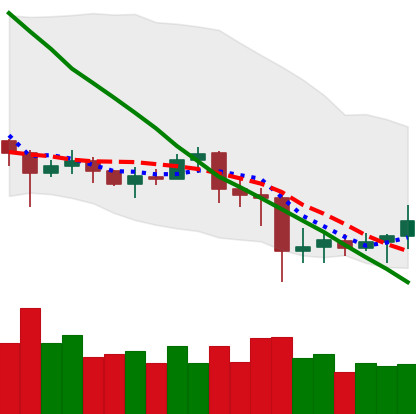
Ticker: EOS-USD
Chart end date: 2020-07-03
Forward return: 10.614%
Label: up_7plus